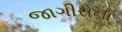
જાગીરોનો